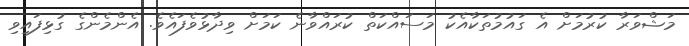
މަޝްވަރާ ކުރުމަށް އެ ގައުމުތަކާއެކު މަސައްކަތް ކުރައްވާނެ ކަމަށް ވިދާޅުވެފައެވެ. އެންމެންގެ ގުޅިފައިވި